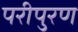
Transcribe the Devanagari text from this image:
परीपुरण